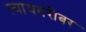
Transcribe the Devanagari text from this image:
त्याचबरीबर